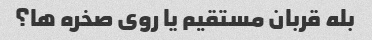
بله قربان مستقیم یا روی صخره ها؟